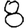
Digit: 8